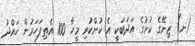
(ށ) ޒިނޭގެ ކުށުގެ އަދަބަކީ އެ ކުށްކުރި މީހާ 100 އެތިފަހަރުން ހައްދު